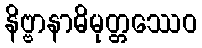
နိဗ္ဗာနာဓိမုတ္တဿေဝ